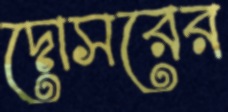
দোসরের